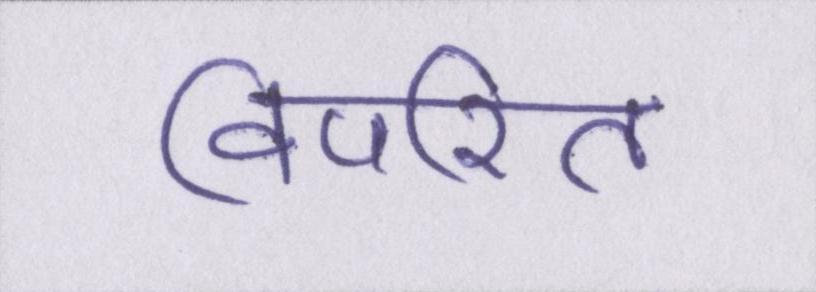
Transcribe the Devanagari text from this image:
विपरित